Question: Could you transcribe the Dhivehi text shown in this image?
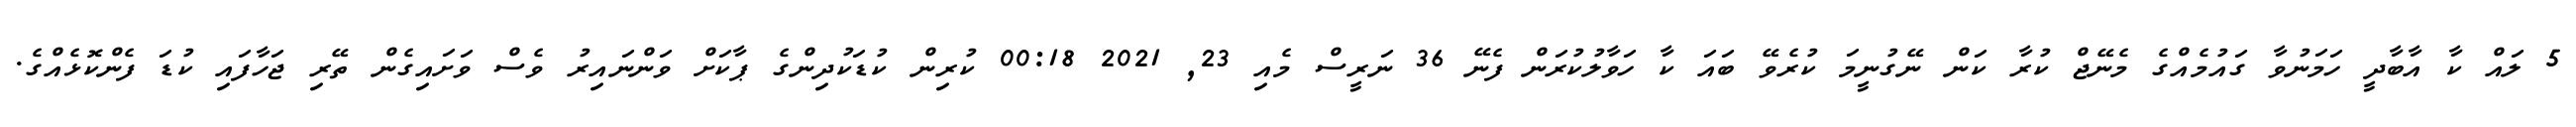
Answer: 5 ލައް ކާ އާބާދީ ހަމަނުވާ ގައުމެއްގެ މެނޭޖް ކުރާ ކަން ނޭގުނީމަ ކުރެވޭ ބައަ ކާ ހަވާލުކުރަން ފެނޭ 36 ނަރީސް މެއި 23, 2021 00:18 ކުރިން ކުޑަކުދިންގެ ޕާކަށް ވަންނައިރު ވެސް ވަށައިގެން ތޭރި ޖަހާފައި ކުޑަ ފެންކޮޅެއްގެ.